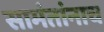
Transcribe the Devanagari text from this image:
सामंतांनाच